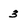
Character: 3